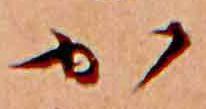
か